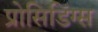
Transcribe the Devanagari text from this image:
प्रोसिडिंग्स